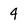
Character: 4